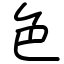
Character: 色